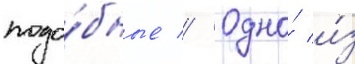
подо́бные // Одно́ и́з